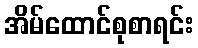
အိမ်ထောင်စုစာရင်း